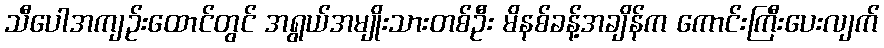
သီပေါအကျဉ်းထောင်တွင် အရွယ်အမျိုးသားတစ်ဦး မိနစ်ခန့်အချိန်က ကောင်းကြီးပေးလျက်